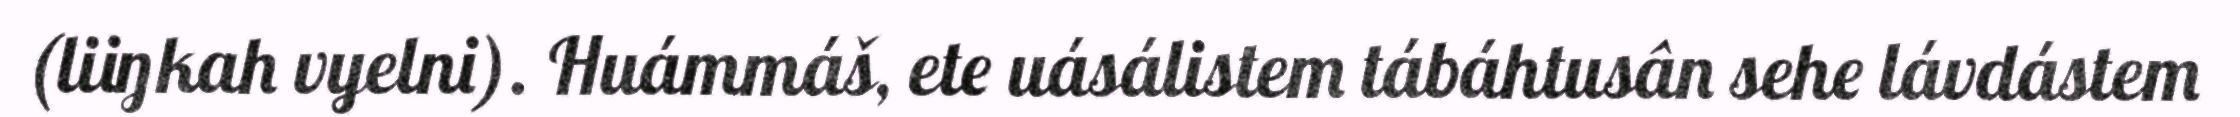
(liiŋkah vyelni). Huámmáš, ete uásálistem tábáhtusân sehe lávdástem